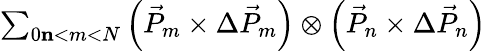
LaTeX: \begin{array}{r}{\sum_{0\le n<m<N}\left(\vec{P}_{m}\times\Delta\vec{P}_{m}\right)\otimes\left(\vec{P}_{n}\times\Delta\vec{P}_{n}\right)}\end{array}